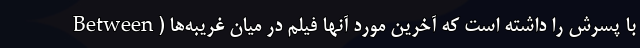
با پسرش را داشته است که آخرین مورد آنها فیلم در میان غریبه‌ها (Between